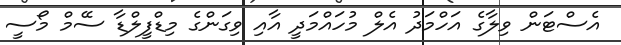
އެސްޓަން ވިލާގެ އަހްމަދު އެލް މުހައްމަދީ އާއި ވިގަންގެ މިޑްފީލްޑާ ސޭމް މޯސީ